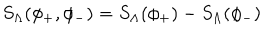
S _ { \Lambda } ( \phi _ { + } , \phi _ { - } ) = S _ { \Lambda } ( \phi _ { + } ) - S _ { \Lambda } ( \phi _ { - } )